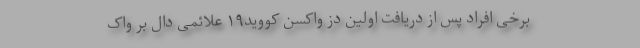
برخی افراد پس از دریافت اولین دُز واکسن کووید۱۹ علائمی دال بر واک